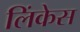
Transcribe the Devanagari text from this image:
लिंकेस